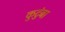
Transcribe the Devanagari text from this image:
कुटुंबा